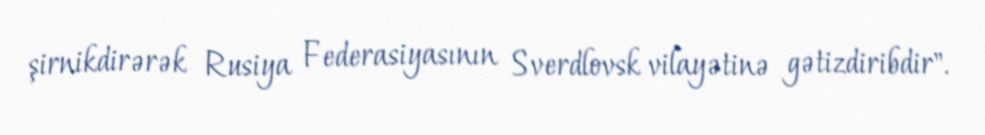
şirnikdirərək Rusiya Federasiyasının Sverdlovsk vilayətinə gətizdiribdir".